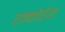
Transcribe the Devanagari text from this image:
एन्कोरेज